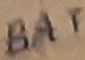
Text: BAT